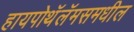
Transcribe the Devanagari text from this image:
हायपोथॅलॅमसमधील